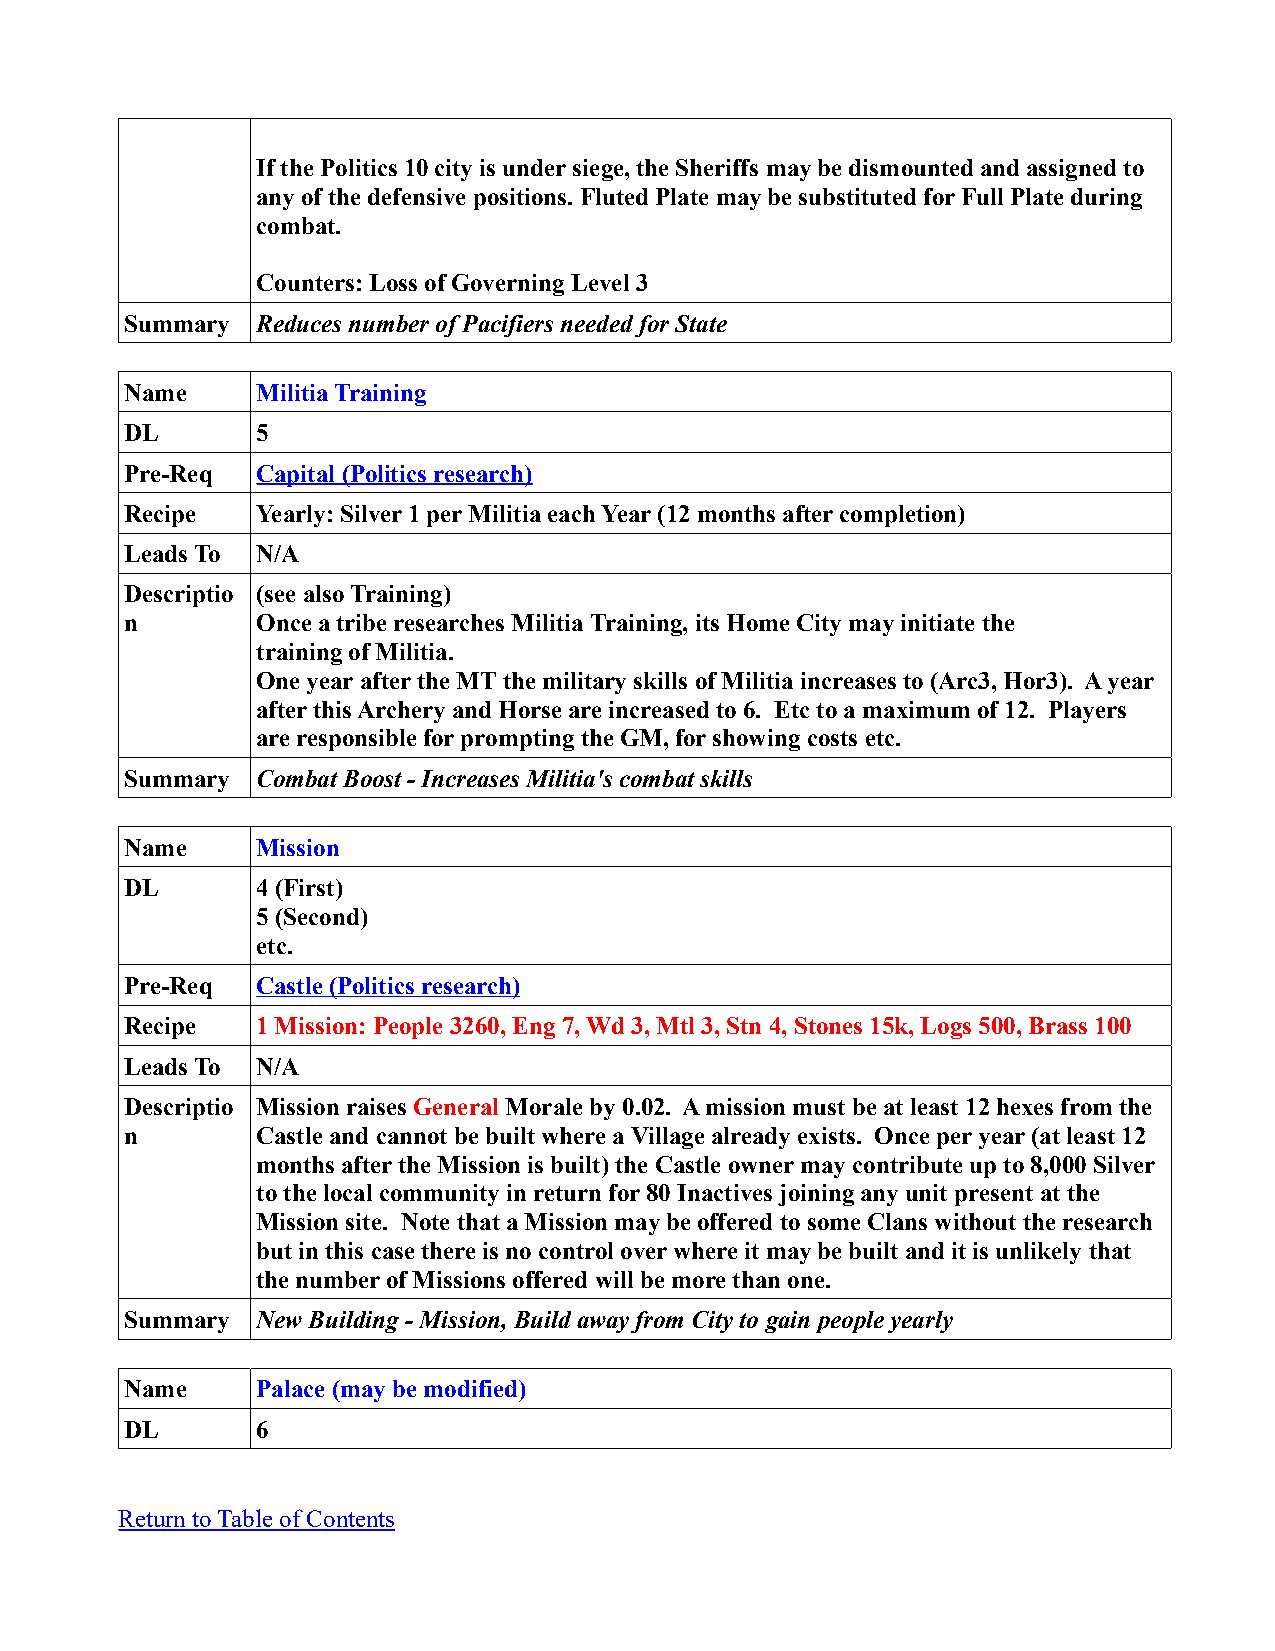
If the Politics 10 city is under siege, the Sheriffs may be dismounted and assigned to
 any of the defensive positions. Fluted Plate may be substituted for Full Plate during
 combat.
 Counters: Loss of Governing Level 3
 Summary  Reduces number of Pacifiers needed for State
 Name     Militia Training
 DL       5
 Pre-Req  Capital (Politics research)
 Recipe   Yearly: Silver 1 per Militia each Year (12 months after completion)
 Leads To N/A
 Descriptio (see also Training)
 n        Once a tribe researches Militia Training, its Home City may initiate the
 training of Militia.
 One year after the MT the military skills of Militia increases to (Arc3, Hor3). A year
 after this Archery and Horse are increased to 6. Etc to a maximum of 12. Players
 are responsible for prompting the GM, for showing costs etc.
 Summary  Combat Boost - Increases Militia's combat skills
 Name     Mission
 DL       4 (First)
 5 (Second)
 etc.
 Pre-Req  Castle (Politics research)
 Recipe   1 Mission: People 3260, Eng 7, Wd 3, Mtl 3, Stn 4, Stones 15k, Logs 500, Brass 100
 Leads To N/A
 Descriptio Mission raises General Morale by 0.02. A mission must be at least 12 hexes from the
 n        Castle and cannot be built where a Village already exists. Once per year (at least 12
 months after the Mission is built) the Castle owner may contribute up to 8,000 Silver
 to the local community in return for 80 Inactives joining any unit present at the
 Mission site. Note that a Mission may be offered to some Clans without the research
 but in this case there is no control over where it may be built and it is unlikely that
 the number of Missions offered will be more than one.
 Summary  New Building - Mission, Build away from City to gain people yearly
 Name     Palace (may be modified)
 DL       6
 Return to Table of Contents